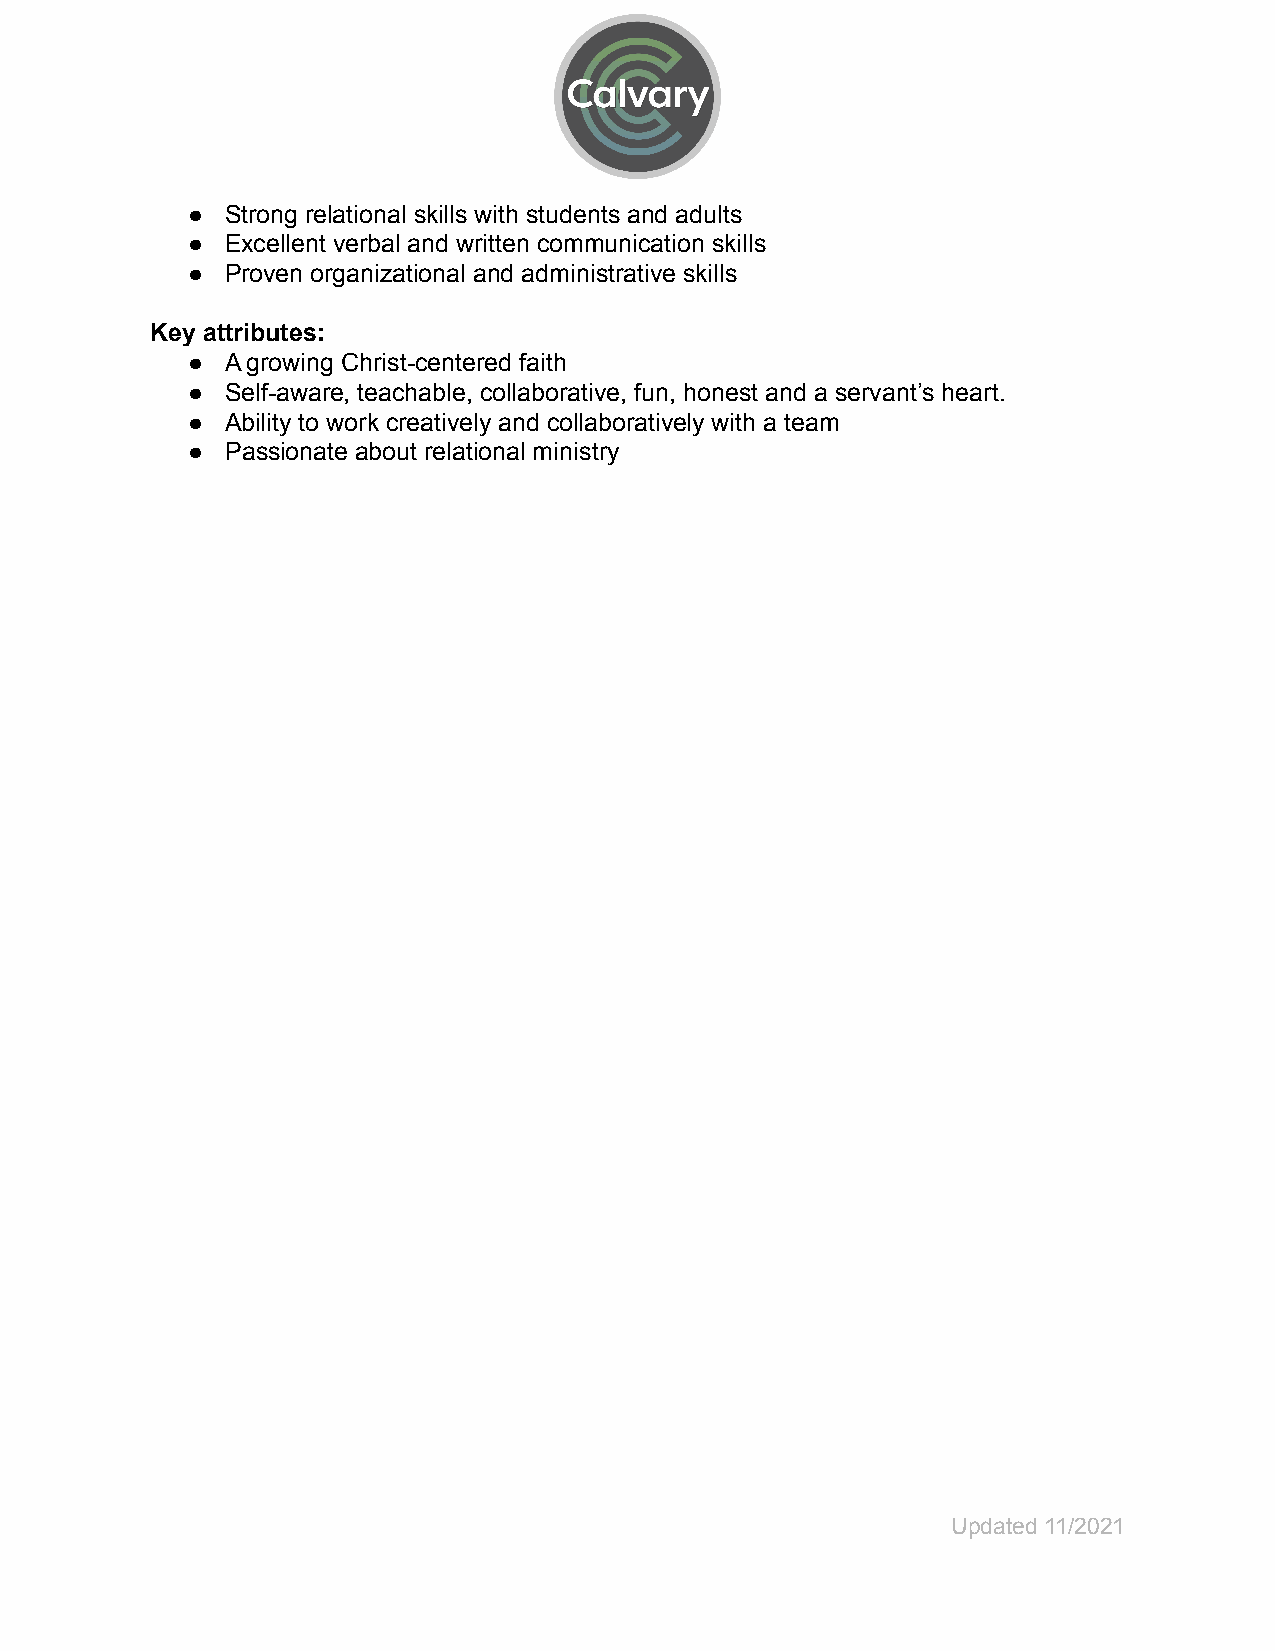
●  Strong relational skills with students and adults
 ●  Excellent verbal and written communication skills
 ●  Proven organizational and administrative skills
 Key attributes:
 ●  A growing Christ-centered faith
 ●  Self-aware, teachable, collaborative, fun, honest and a servant’s heart.
 ●  Ability to work creatively and collaboratively with a team
 ●  Passionate about relational ministry
 Updated 11/2021